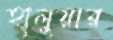
হালুয়ার